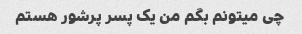
چی میتونم بگم من یک پسر پرشور هستم